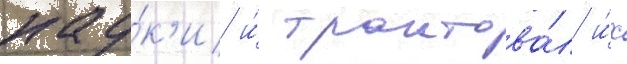
нау́к'и и́ трактова́л и́х